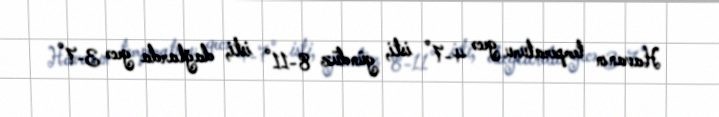
Havanın temperaturu gecə 4-7° isti, gündüz 8-11° isti, dağlarda gecə 3-7°